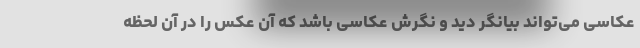
عکاسی می‌تواند بیانگر دید و نگرش عکاسی باشد که آن عکس را در آن لحظه